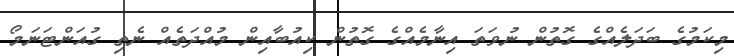
މިކަމުގެ ބަދަލެއްގެ ގޮތުން ނުވަތަ އިނާމެއްގެ ގޮތުން ކިއުބާއިން މުއްދަތެއް ނެތި ގުއަންޓަނަމޯ